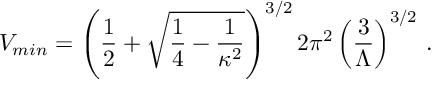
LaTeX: V _ { m i n } = \left( { \frac { 1 } { 2 } } + \sqrt { { \frac { 1 } { 4 } } - { \frac { 1 } { \kappa ^ { 2 } } } } \right) ^ { 3 / 2 } 2 \pi ^ { 2 } \left( { \frac { 3 } { \Lambda } } \right) ^ { 3 / 2 } \, .